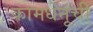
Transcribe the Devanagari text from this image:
कामधेनूची